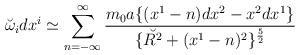
LaTeX: \begin{align*}\breve{ \omega}_i dx^i \simeq \sum_{n=-\infty}^\infty {m_0 a \{(x^1-n)dx^2 -x^2 dx^1\}\over\{ \breve{ R^2} + (x^{1}-n)^2\}^{5\over 2}}\,\end{align*}